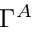
\Gamma ^ { A }